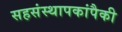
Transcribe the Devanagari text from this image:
सहसंस्थापकांपैकी